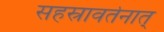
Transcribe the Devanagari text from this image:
सहस्रावर्तनात्‌